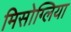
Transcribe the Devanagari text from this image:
मिसोग्लिया